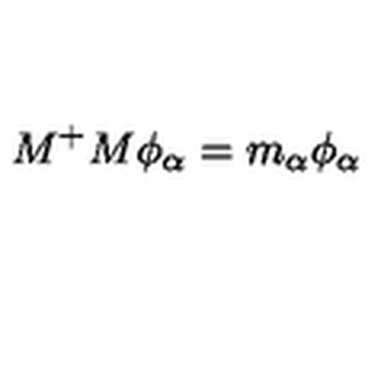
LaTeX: M ^ { + } M \phi _ { \alpha } = m _ { \alpha } \phi _ { \alpha }